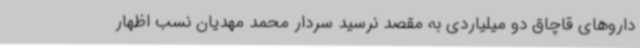
داروهای قاچاق دو میلیاردی به مقصد نرسید سردار محمد مهدیان نسب اظهار